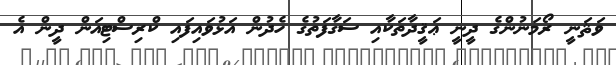
ވަޘަނީ ރޯމަނުންގެ ދީނީ ޢަޤީދާތަކާއި ސަގާފަތުގެ ހެދުން އަޅުވައިފައި ކްރިސްޓިއަން ދީން އެ